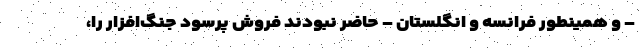
– و همینطور فرانسه و انگلستان – حاضر نبودند فروش پرسود جنگ‌افزار را،